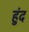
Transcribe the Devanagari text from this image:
हुंद